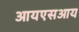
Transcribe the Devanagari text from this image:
आयएसआय